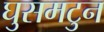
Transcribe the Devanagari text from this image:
घुसमटुन